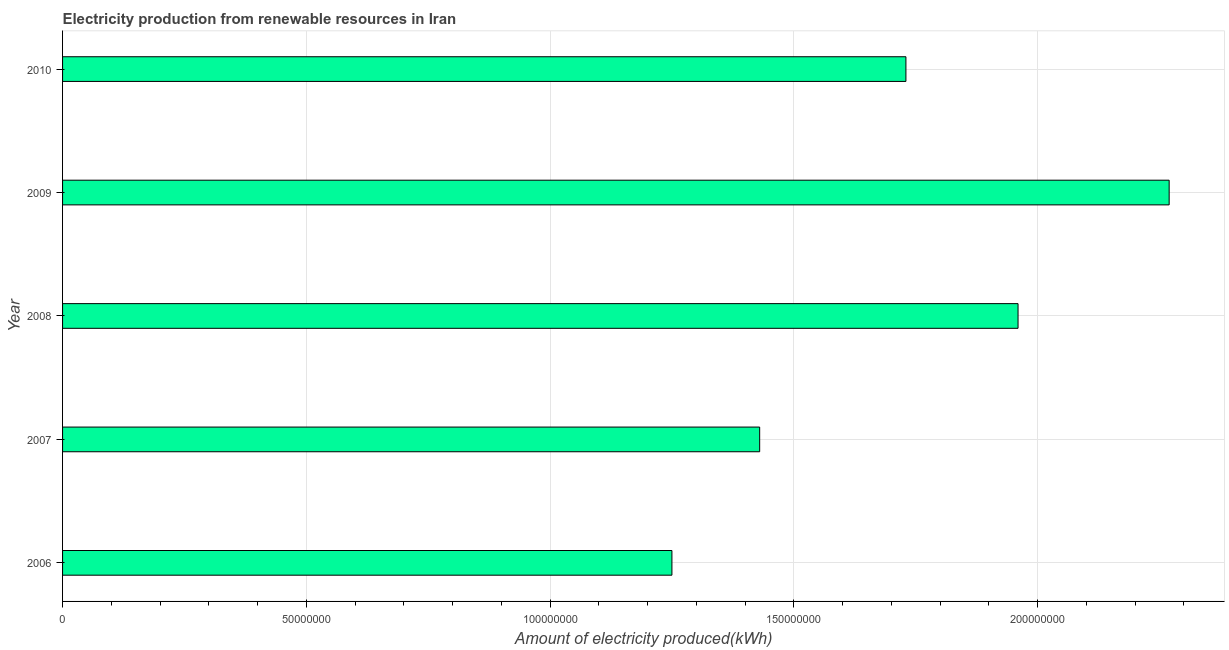
| Year | Electricity production from renewable sources |
 | --- | --- |
 | 2006 | 1.25e+08 |
 | 2007 | 1.43e+08 |
 | 2008 | 1.96e+08 |
 | 2009 | 2.27e+08 |
 | 2010 | 1.73e+08 |